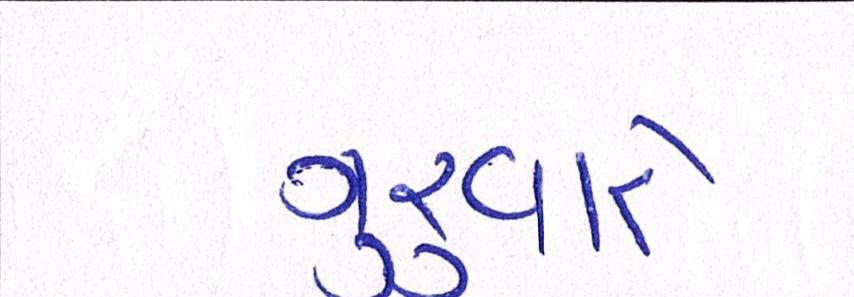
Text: ગુરુવારે